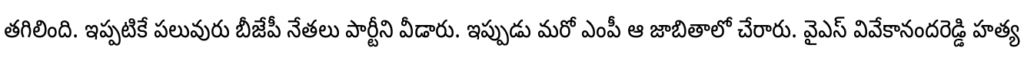
తగిలింది. ఇప్పటికే పలువురు బీజేపీ నేతలు పార్టీని వీడారు. ఇప్పుడు మరో ఎంపీ ఆ జాబితాలో చేరారు. వైఎస్ వివేకానందరెడ్డి హత్య